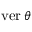
\operatorname { v e r } \theta